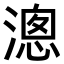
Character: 漗